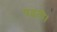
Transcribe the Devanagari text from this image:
पढ़ती।